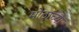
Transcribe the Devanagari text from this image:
मोठाच्या